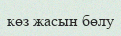
көз жасын бөлу